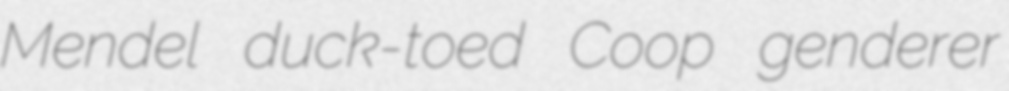
Mendel duck-toed Coop genderer